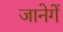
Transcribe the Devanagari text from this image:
जानेगें